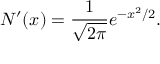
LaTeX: N ^ { \prime } ( x ) = { \frac { 1 } { \sqrt { 2 \pi } } } e ^ { - x ^ { 2 } / 2 } .